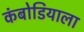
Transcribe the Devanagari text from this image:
कंबोडियाला